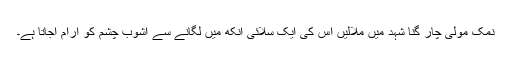
نمک مولی چار گنا شہد میں ملالیں اس کی ایک سلائی آنکھ میں لگانے سے آشوب چشم کو آرام آجاتا ہے۔